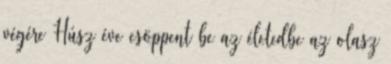
végére Húsz éve csöppent be az életedbe az olasz